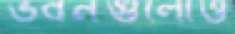
ভবনগুলোও